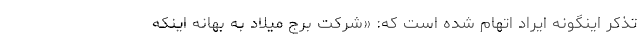
تذكر اينگونه ايراد اتهام شده است كه: «شركت برج ميلاد به بهانه اينكه